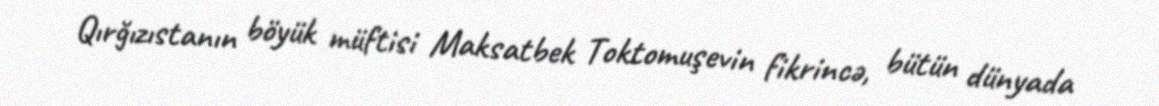
Qırğızıstanın böyük müftisi Maksatbek Toktomuşevin fikrincə, bütün dünyada